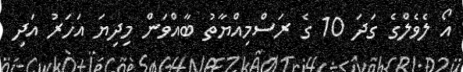
އޯ ލެވެލްގެ ގަދަ 10 ގެ ރަސްމިއްޔާތު ބާއްވަން މިދިޔަ އަހަރު އަދި